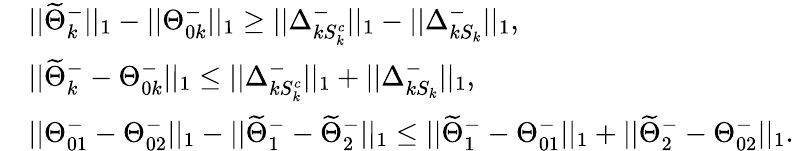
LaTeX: \begin{array}{rl}&{||\widetilde{\Theta}_{k}^{-}||_{1}-||\Theta_{0k}^{-}||_{1}\geq||\Delta_{kS_{k}^{c}}^{-}||_{1}-||\Delta_{kS_{k}}^{-}||_{1},}\\ &{||\widetilde{\Theta}_{k}^{-}-\Theta_{0k}^{-}||_{1}\leq||\Delta_{kS_{k}^{c}}^{-}||_{1}+||\Delta_{kS_{k}}^{-}||_{1},}\\ &{||\Theta_{01}^{-}-\Theta_{02}^{-}||_{1}-||\widetilde{\Theta}_{1}^{-}-\widetilde{\Theta}_{2}^{-}||_{1}\leq||\widetilde{\Theta}_{1}^{-}-\Theta_{01}^{-}||_{1}+||\widetilde{\Theta}_{2}^{-}-\Theta_{02}^{-}||_{1}.}\end{array}